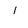
Character: I